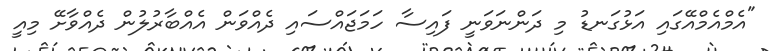
"އެމްއެމްއޭގައި އަޅުގަނޑު މި ދަންނަވަނީ ފައިސާ ހަމަޖައްސައި ދެއްވަން އެއްބާރުލުން ދެއްވާށޭ މިއީ